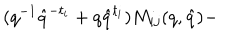
( q ^ { - 1 } \hat { q } ^ { - t _ { i } } + q \hat { q } ^ { t _ { i } } ) M _ { i j } ( q , \hat { q } ) -